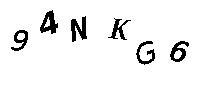
94NKG6